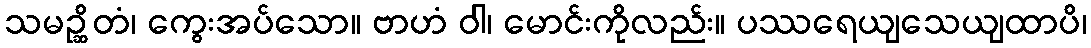
သမဉ္ဆိတံ၊ ကွေးအပ်သော။ ဗာဟံ ဝါ၊ မောင်းကိုလည်း။ ပဿရေယျသေယျထာပိ၊